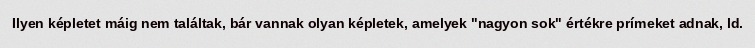
Ilyen képletet máig nem találtak, bár vannak olyan képletek, amelyek "nagyon sok" értékre prímeket adnak, ld.